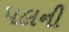
પલની